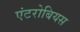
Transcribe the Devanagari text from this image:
एंटरोबियस